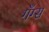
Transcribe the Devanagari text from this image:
गँग्स